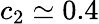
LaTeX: c_{2}\simeq 0.4